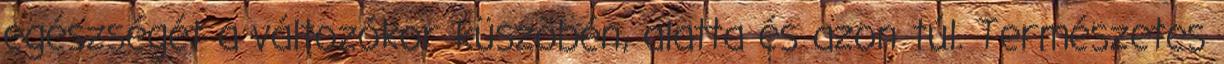
egészségét a változókor küszöbén, alatta és azon túl. Természetes